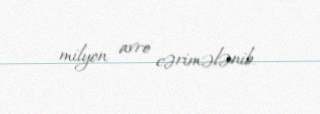
milyon avro cərimələnib.